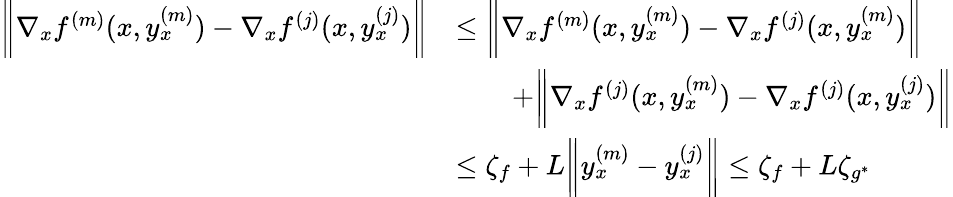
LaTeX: \begin{array}{rl}{\bigg\| \nabla_{x}f^{(m)}(x,y_{x}^{(m)})-\nabla_{x}f^{(j)}(x,y_{x}^{(j)})\bigg\| }&{\leq\bigg\| \nabla_{x}f^{(m)}(x,y_{x}^{(m)})-\nabla_{x}f^{(j)}(x,y_{x}^{(m)})\bigg\| }\\ &{\qquad+\bigg\| \nabla_{x}f^{(j)}(x,y_{x}^{(m)})-\nabla_{x}f^{(j)}(x,y_{x}^{(j)})\bigg\| }\\ &{\leq\zeta_{f}+L\bigg\| y_{x}^{(m)}-y_{x}^{(j)}\bigg\| \leq\zeta_{f}+L\zeta_{g^{\ast}}}\end{array}